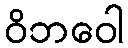
ဝိဘဝေါ